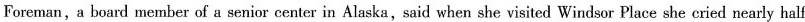
Foreman,a board member of a senior center in Alaska,said when she visited Windsor Place she cried nearly half